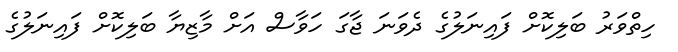
ހިތްވަރު ބަލިކޮށް ފައިނަލުގެ ދެވަނަ ޖާގަ ހަވާސް އަށް މާޒިޔާ ބަލިކޮށް ފަައިނަލުގެ